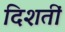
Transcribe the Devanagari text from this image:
दिशतीं